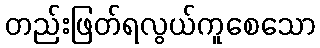
တည်းဖြတ်ရလွယ်ကူစေသော